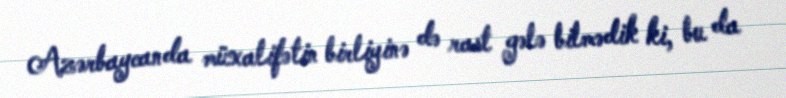
Azərbaycanda müxalifətin birliyinə də rast gələ bilmədik ki, bu da